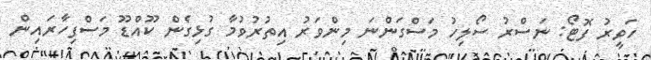
ހަވީރު ފޮޓޯ: ނަސްރު ސޯލިހު މަސްގަންނަ މިންވަރު އިތުރުވުމާ ގުޅިގެން ކޫއްޑޫ މަސްފިހާރައިން